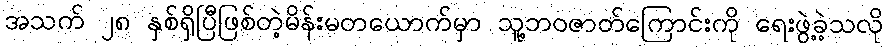
အသက် ၂၈ နှစ်ရှိပြီဖြစ်တဲ့မိန်းမတယောက်မှာ သူ့ဘဝဇာတ်ကြောင်းကို ရေးဖွဲ့ခဲ့သလို